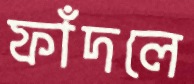
ফাঁদলে